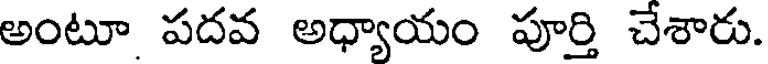
అంటూ పదవ అధ్యాయం పూర్తి చేశారు.